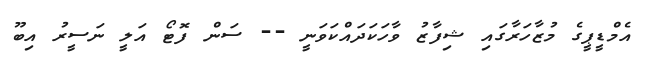
އެމްޑީޕީގެ މުޒާހަރާގައި ޝިފާޒު ވާހަކަަދައްކަވަނީ -- ސަން ފޮޓޯ އަލީ ނަސީރު އިބޫ